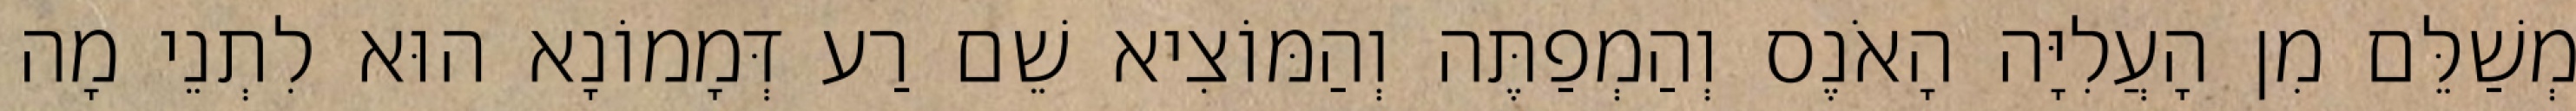
מְשַׁלֵּם מִן הָעֲלִיָּה הָאֹנֶס וְהַמְפַתֶּה וְהַמּוֹצִיא שֵׁם רַע דְּמָמוֹנָא הוּא לִתְנֵי מָה